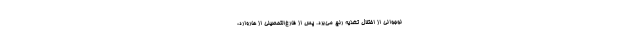
نوجوانی از اختلال تغذیه رنج می‌بُرد. پس از فارغ‌التحصیلی از هاروارد،